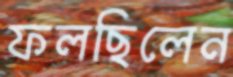
ফলছিলেন